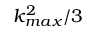
k _ { m a x } ^ { 2 } / 3